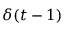
\delta ( t - 1 )